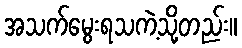
အသက်မွေးရသကဲ့သို့တည်း။